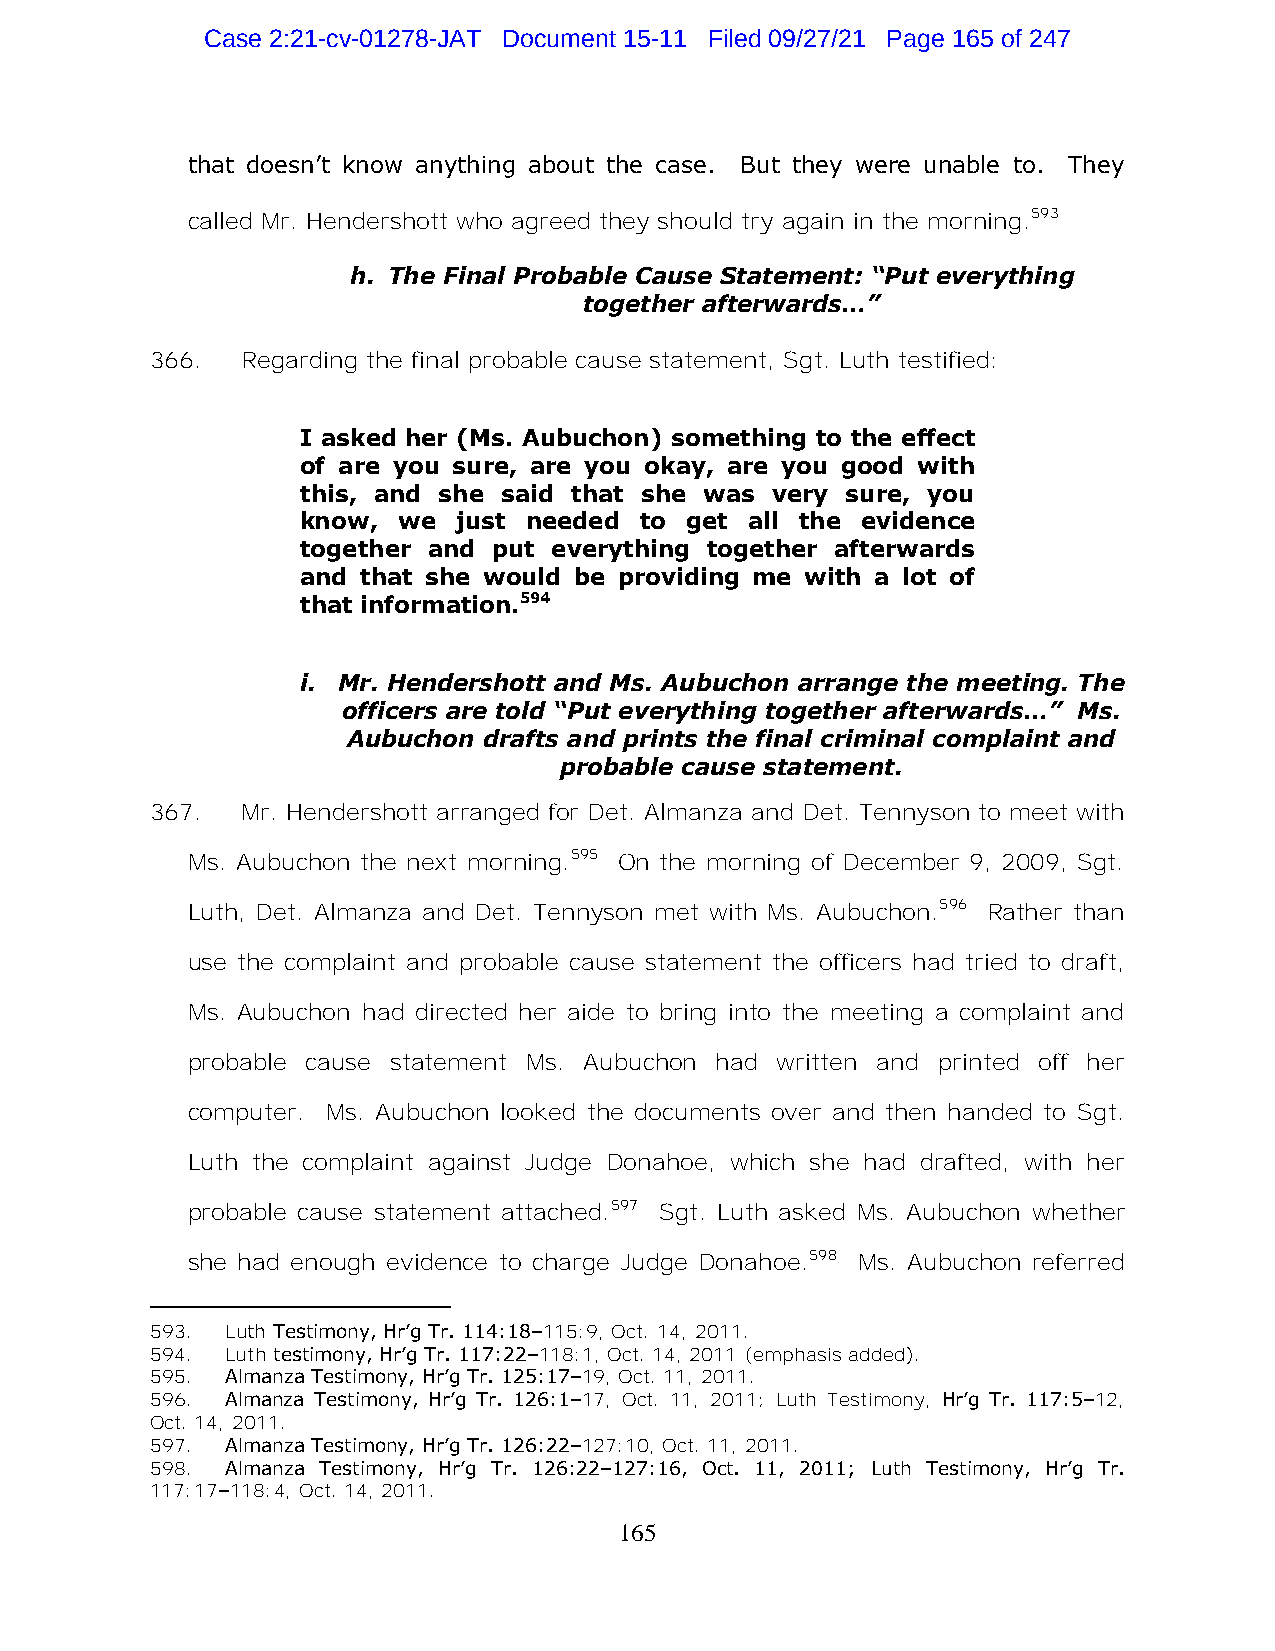
Case 2:21-cv-01278-JAT Document 15-11 Filed 09/27/21 Page 165 of 247
 that doesn’t know anything about the case. But they were unable to. They
 called Mr. Hendershott who agreed they should try again in the morning.593
 h. The Final Probable Cause Statement: “Put everything
 together afterwards…”
 366.  Regarding the final probable cause statement, Sgt. Luth testified:
 I asked her (Ms. Aubuchon) something to the effect
 of are you sure, are you okay, are you good with
 this, and she said that she was very sure, you
 know, we  just needed to get all the evidence
 together and put everything together afterwards
 and that she would be providing me with a lot of
 that information.594
 i. Mr. Hendershott and Ms. Aubuchon arrange the meeting. The
 officers are told “Put everything together afterwards…” Ms.
 Aubuchon drafts and prints the final criminal complaint and
 probable cause statement.
 367.  Mr. Hendershott arranged for Det. Almanza and Det. Tennyson to meet with
 Ms. Aubuchon the next morning.595 On the morning of December 9, 2009, Sgt.
 Luth, Det. Almanza and Det. Tennyson met with Ms. Aubuchon.596 Rather than
 use the complaint and probable cause statement the officers had tried to draft,
 Ms. Aubuchon had directed her aide to bring into the meeting a complaint and
 probable cause statement Ms. Aubuchon had written and printed off her
 computer. Ms. Aubuchon looked the documents over and then handed to Sgt.
 Luth the complaint against Judge Donahoe, which she had drafted, with her
 probable cause statement attached.597 Sgt. Luth asked Ms. Aubuchon whether
 she had enough evidence to charge Judge Donahoe.598 Ms. Aubuchon referred
 593. Luth Testimony, Hr’g Tr. 114:18–115:9, Oct. 14, 2011.
 594. Luth testimony, Hr’g Tr. 117:22–118:1, Oct. 14, 2011 (emphasis added).
 595. Almanza Testimony, Hr’g Tr. 125:17–19, Oct. 11, 2011.
 596. Almanza Testimony, Hr’g Tr. 126:1–17, Oct. 11, 2011; Luth Testimony, Hr’g Tr. 117:5–12,
 Oct. 14, 2011.
 597. Almanza Testimony, Hr’g Tr. 126:22–127:10, Oct. 11, 2011.
 598. Almanza Testimony, Hr’g Tr. 126:22–127:16, Oct. 11, 2011; Luth Testimony, Hr’g Tr.
 117:17–118:4, Oct. 14, 2011.
 165